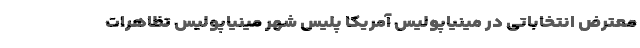
معترض انتخاباتی در مینیاپولیس آمریکا پلیس شهر مینیاپولیس تظاهرات